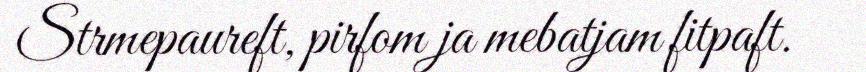
Strmepaureft, pirfom ja mebatjam fitpaft.